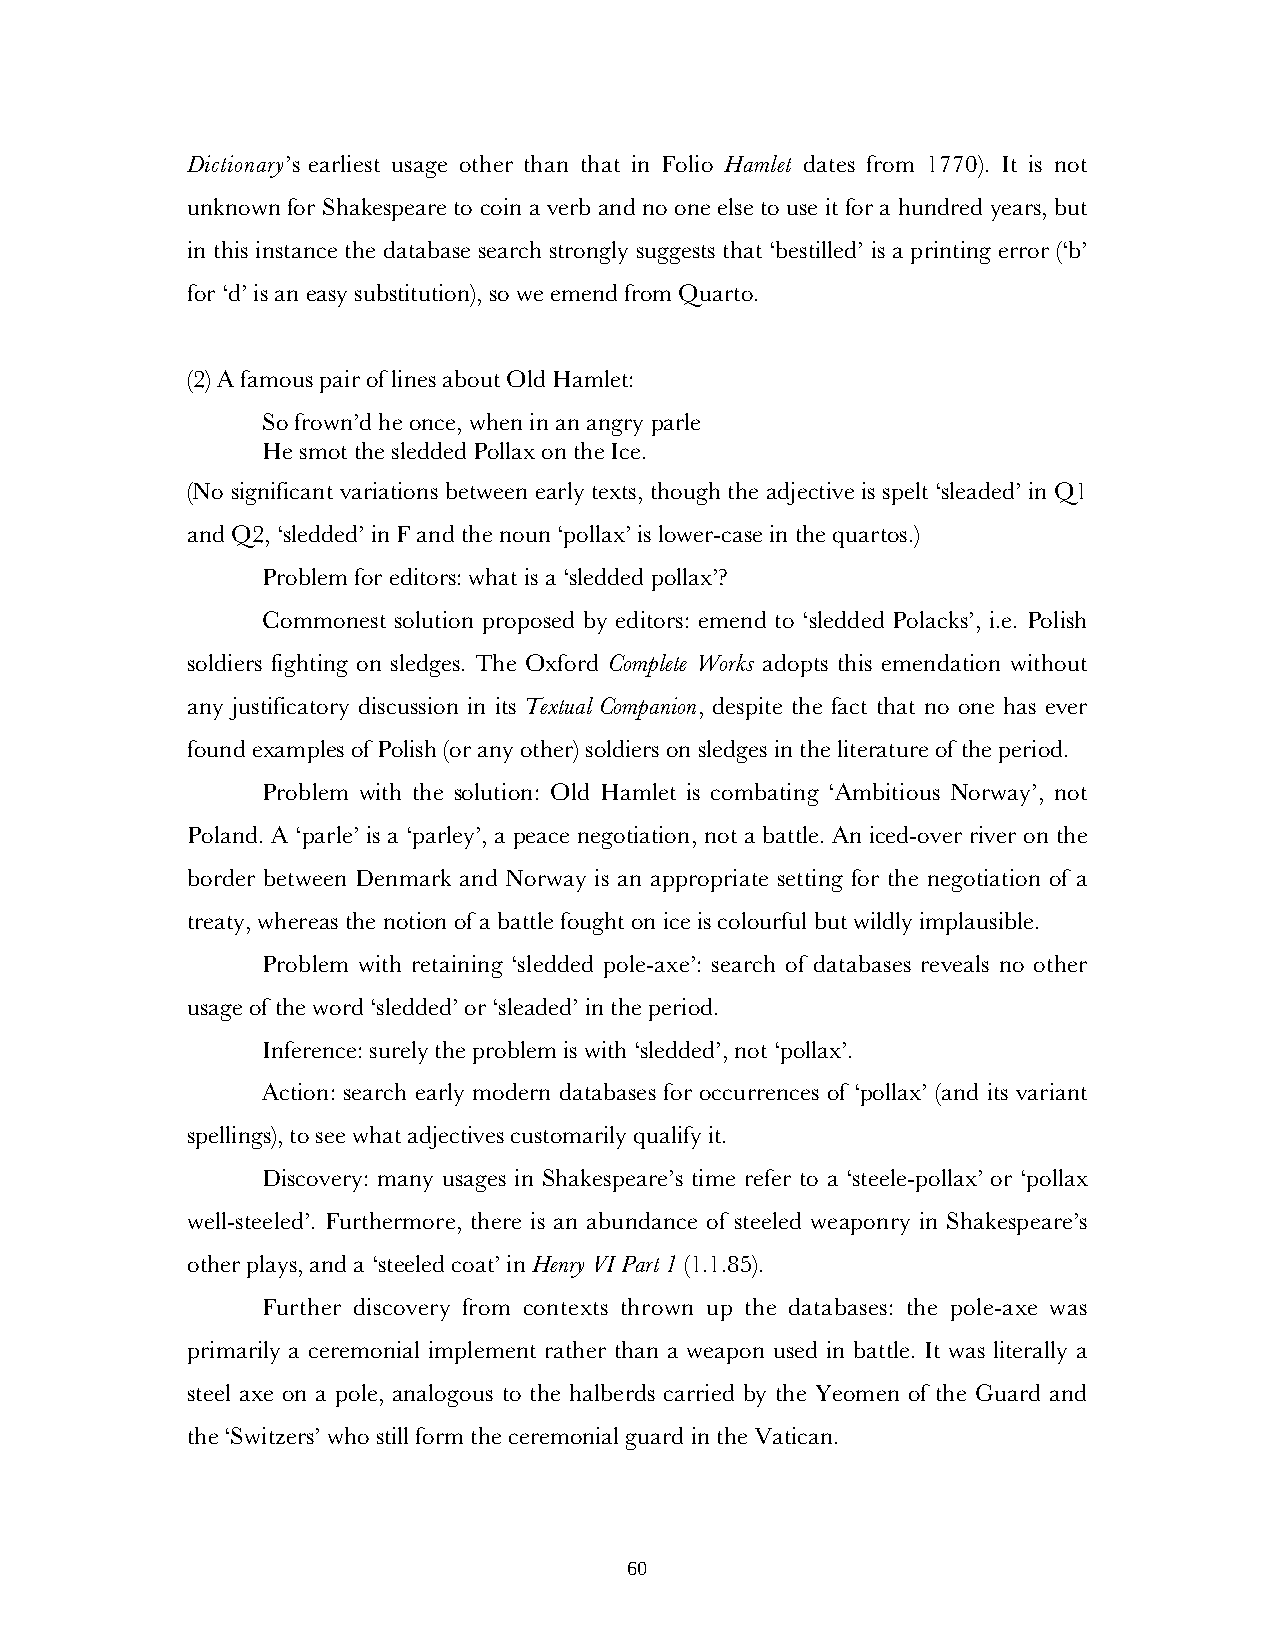
Dictionary’s earliest usage other than that in Folio Hamlet dates from 1770). It is not
 unknown for Shakespeare to coin a verb and no one else to use it for a hundred years, but
 in this instance the database search strongly suggests that ‘bestilled’ is a printing error (‘b’
 for ‘d’ is an easy substitution), so we emend from Quarto.
 (2) A famous pair of lines about Old Hamlet:
 So frown’d he once, when in an angry parle
 He smot the sledded Pollax on the Ice.
 (No significant variations between early texts, though the adjective is spelt ‘sleaded’ in Q1
 and Q2, ‘sledded’ in F and the noun ‘pollax’ is lower-case in the quartos.)
 Problem for editors: what is a ‘sledded pollax’?
 Commonest solution proposed by editors: emend to ‘sledded Polacks’, i.e. Polish
 soldiers fighting on sledges. The Oxford Complete Works adopts this emendation without
 any justificatory discussion in its Textual Companion, despite the fact that no one has ever
 found examples of Polish (or any other) soldiers on sledges in the literature of the period.
 Problem with the solution: Old Hamlet is combating ‘Ambitious Norway’, not
 Poland. A ‘parle’ is a ‘parley’, a peace negotiation, not a battle. An iced-over river on the
 border between Denmark and Norway is an appropriate setting for the negotiation of a
 treaty, whereas the notion of a battle fought on ice is colourful but wildly implausible.
 Problem with retaining ‘sledded pole-axe’: search of databases reveals no other
 usage of the word ‘sledded’ or ‘sleaded’ in the period.
 Inference: surely the problem is with ‘sledded’, not ‘pollax’.
 Action: search early modern databases for occurrences of ‘pollax’ (and its variant
 spellings), to see what adjectives customarily qualify it.
 Discovery: many usages in Shakespeare’s time refer to a ‘steele-pollax’ or ‘pollax
 well-steeled’. Furthermore, there is an abundance of steeled weaponry in Shakespeare’s
 other plays, and a ‘steeled coat’ in Henry VI Part 1 (1.1.85).
 Further discovery from contexts thrown up the databases: the pole-axe was
 primarily a ceremonial implement rather than a weapon used in battle. It was literally a
 steel axe on a pole, analogous to the halberds carried by the Yeomen of the Guard and
 the ‘Switzers’ who still form the ceremonial guard in the Vatican.
 60